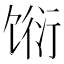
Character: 𬳆